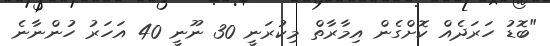
"ބޮޑު ހަރަދެއް ކޮށްގެން އިމާރާތް މިކުރަނީ 30 ނޫނީ 40 އަހަރު ހުންނާނެ